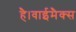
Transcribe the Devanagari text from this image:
है।वाईमैक्स